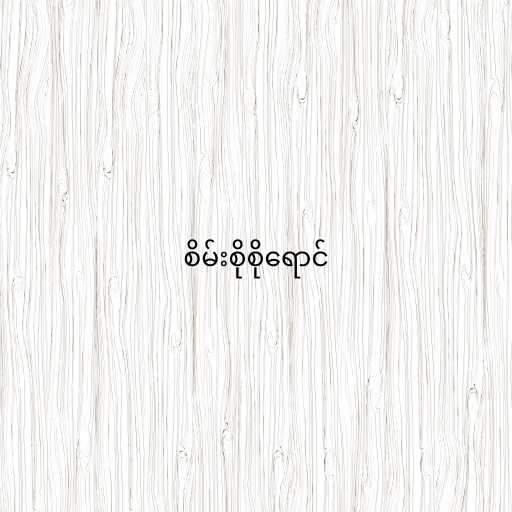
စိမ်းစိုစိုရောင်